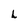
Character: L